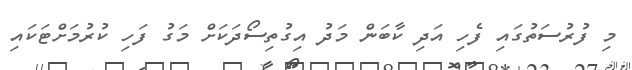
މި ފުރުސަތުގައި ފެހި އަދި ކާބަން މަދު އިގުތިސޯދަކަށް މަގު ފަހި ކުރުމަށްޓަކައި